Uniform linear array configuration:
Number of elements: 4
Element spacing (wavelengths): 0.75
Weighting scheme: exponential
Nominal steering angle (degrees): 0
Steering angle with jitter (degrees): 1.23
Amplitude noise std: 0.05
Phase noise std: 0.05

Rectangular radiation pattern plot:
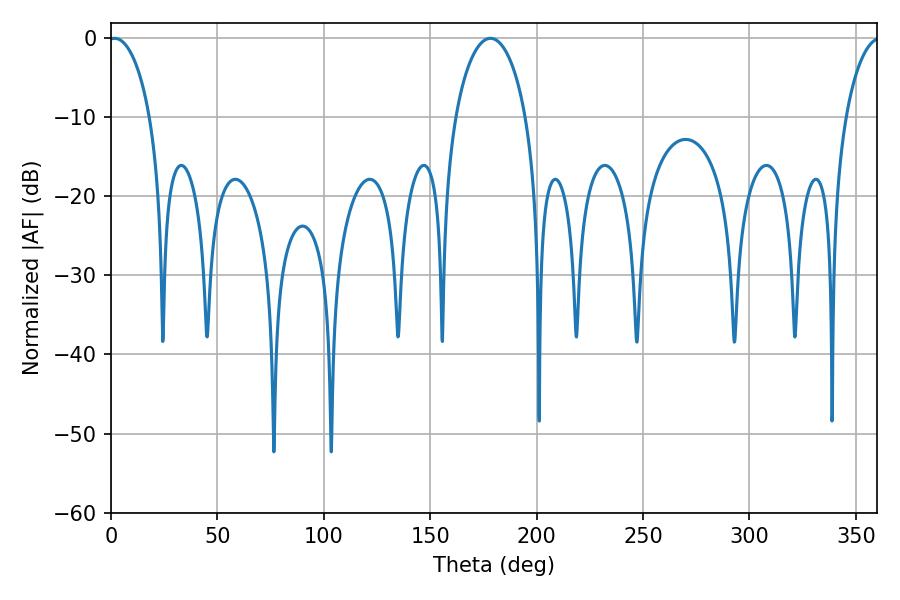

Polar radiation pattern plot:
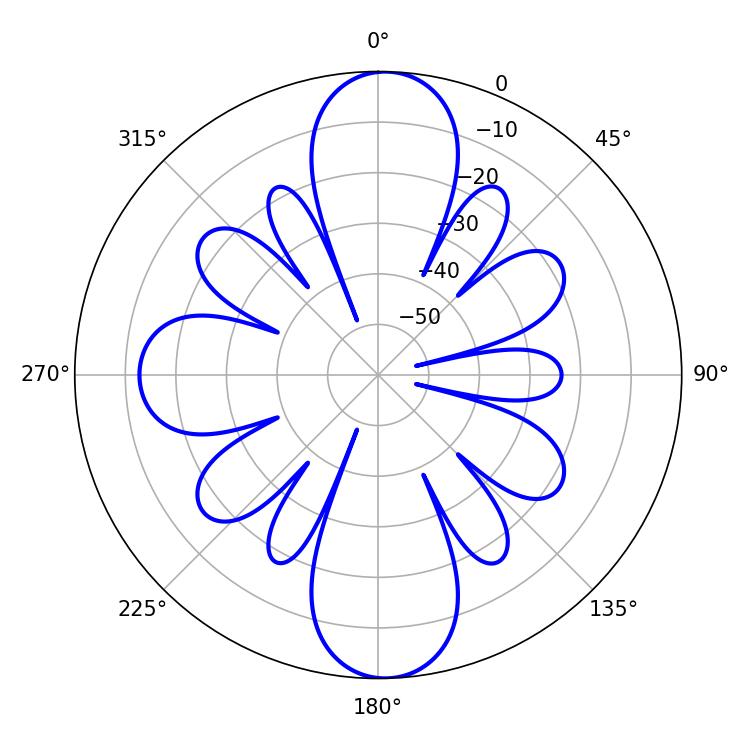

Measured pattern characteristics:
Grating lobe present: TRUE
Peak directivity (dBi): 37.203
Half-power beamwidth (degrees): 11.16
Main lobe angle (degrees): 1.62